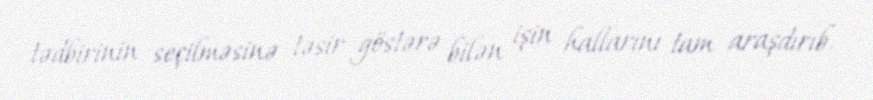
tədbirinin seçilməsinə təsir göstərə bilən işin hallarını tam araşdırıb.